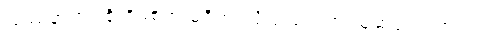
ပြဿနာဟာ စိုးရိမ်စရာ မရှိဘူးလို့ တရုတ်က ယူဆပုံရပါတယ်။